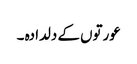
عورتوں کے دلدادہ ۔